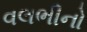
વલભીનો